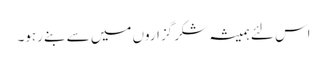
اس لئے ہمیشہ شکر گزاروں میں سے بنے رہو۔